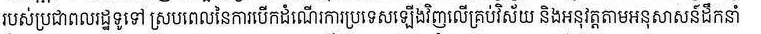
របស់ប្រជាពលរដ្ឋទូទៅ ស្របពេលនៃការបើកដំណើរការប្រទេសឡើងវិញលើគ្រប់វិស័យ និងអនុវត្តតាមអនុសាសន៍ដឹកនាំ